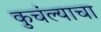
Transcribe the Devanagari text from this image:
कुचंल्याचा